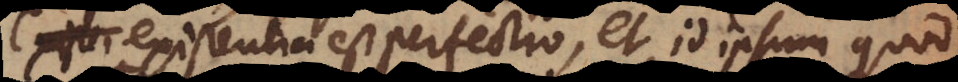
existentia est perfectio, et id ipsum quod